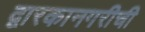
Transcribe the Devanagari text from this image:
द्वारकानगरीची